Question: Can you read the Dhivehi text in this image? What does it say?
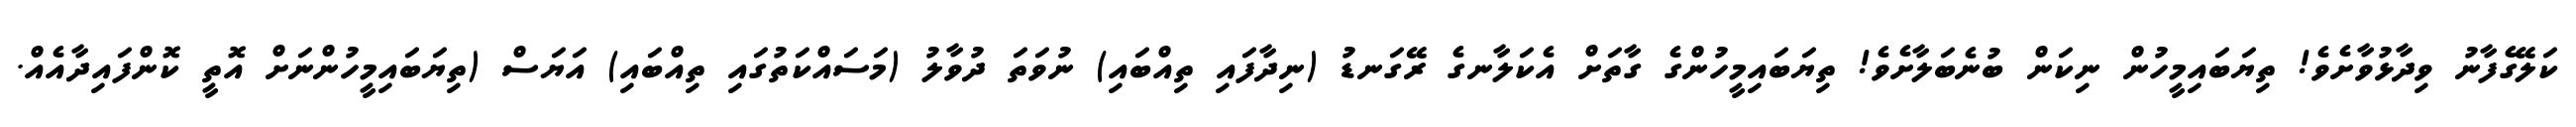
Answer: ކަލޭގެފާނު ވިދާޅުވާށެވެ! ތިޔަބައިމީހުން ނިކަން ބުނެބަލާށެވެ! ތިޔަބައިމީހުންގެ ގާތަށް އެކަލާނގެ ރޭގަނޑު (ނިދާފައި ތިއްބައި) ނުވަތަ ދުވާލު (މަސައްކަތުގައި ތިއްބައި) އަޔަސް (ތިޔަބައިމީހުންނަށް އޮތީ ކޮންފައިދާއެއް.